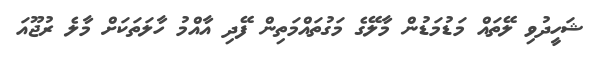
ޝަހީދުވި ލޭތައް މަޑުމަޑުން މާލޭގެ މަގުތައްމަތިން ފޭދި އާއްމު ހާލަތަކަށް މާލެ ރުޖޫއަ